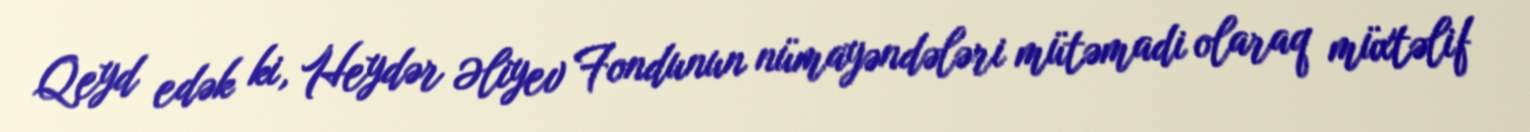
Qeyd edək ki, Heydər Əliyev Fondunun nümayəndələri mütəmadi olaraq müxtəlif